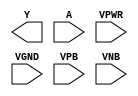
module sky130_fd_sc_ls__clkinv (
    Y   ,
    A   ,
    VPWR,
    VGND,
    VPB ,
    VNB
);

    output Y   ;
    input  A   ;
    input  VPWR;
    input  VGND;
    input  VPB ;
    input  VNB ;
endmodule